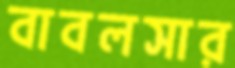
বাবলসার